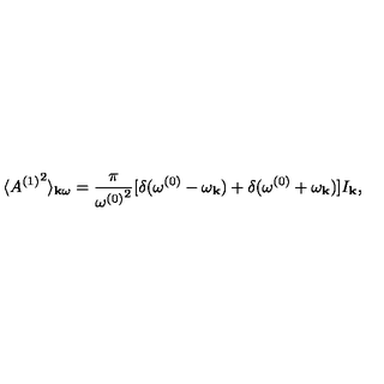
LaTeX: \langle { A ^ { ( 1 ) } } ^ { 2 } \rangle _ { { \bf k } \omega } = { \frac { \pi } { { \omega ^ { ( 0 ) } } ^ { 2 } } } [ \delta ( \omega ^ { ( 0 ) } - \omega _ { \bf k } ) + \delta ( \omega ^ { ( 0 ) } + \omega _ { \bf k } ) ] I _ { \bf k } ,